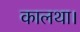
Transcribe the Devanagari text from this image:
कालथा।